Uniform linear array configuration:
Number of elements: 48
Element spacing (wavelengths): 1
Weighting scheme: hann
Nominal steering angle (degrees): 0
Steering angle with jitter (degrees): -0.8349
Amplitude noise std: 0.05
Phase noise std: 0.05

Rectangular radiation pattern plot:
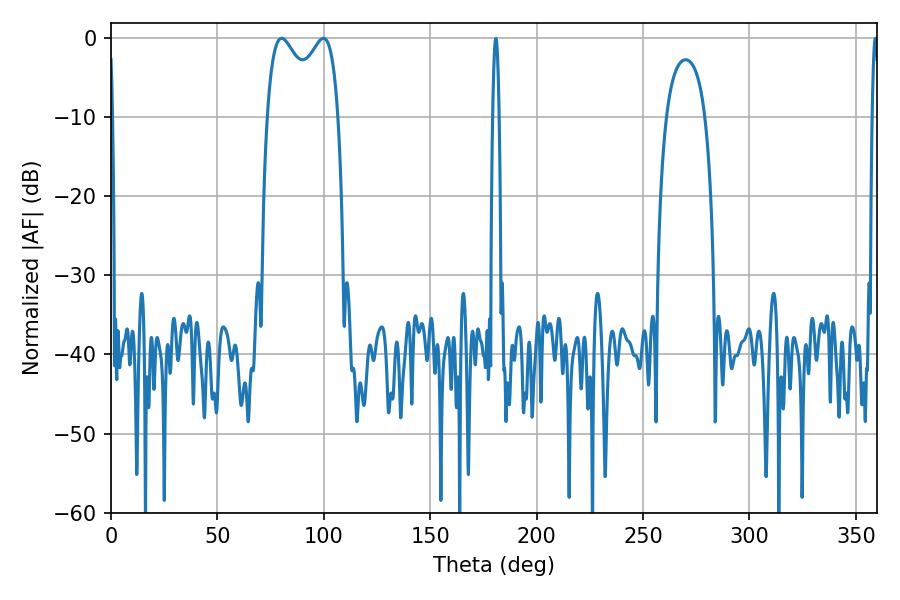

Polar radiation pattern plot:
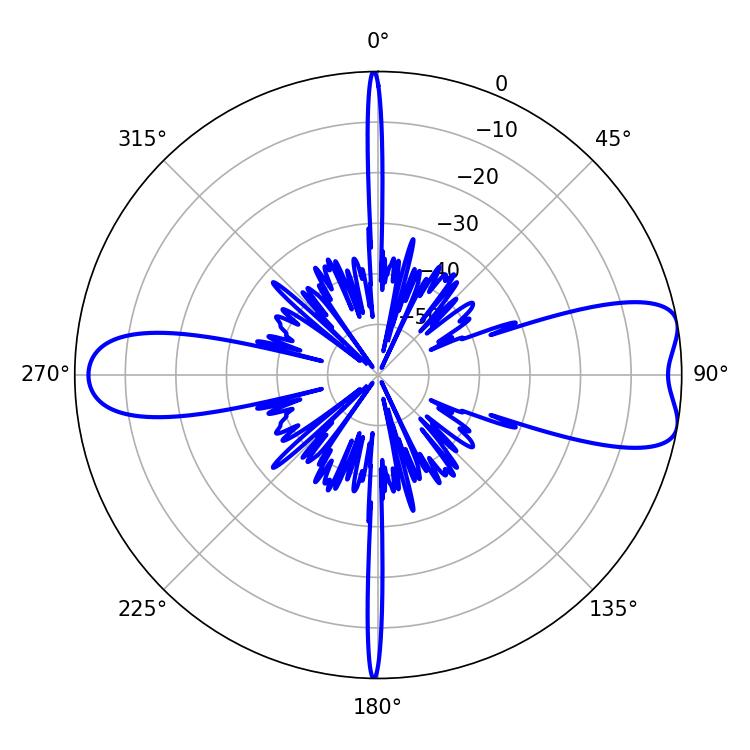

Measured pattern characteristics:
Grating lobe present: TRUE
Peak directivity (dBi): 8.584
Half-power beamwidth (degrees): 28.08
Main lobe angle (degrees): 80.1